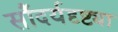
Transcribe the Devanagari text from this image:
सौंदर्यदृष्ट्या